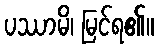
ပဿာမိ၊ မြင်ရ၏။